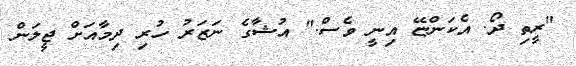
"ރީތި ދޯ. އެކަންޏޭ އިނީ ވެސް." އުޝާގެ ނަޒަރު ހުރި ދިމާއަށް ޖީލަން